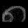
Digit: ၈